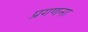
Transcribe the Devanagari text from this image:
प्रगणना